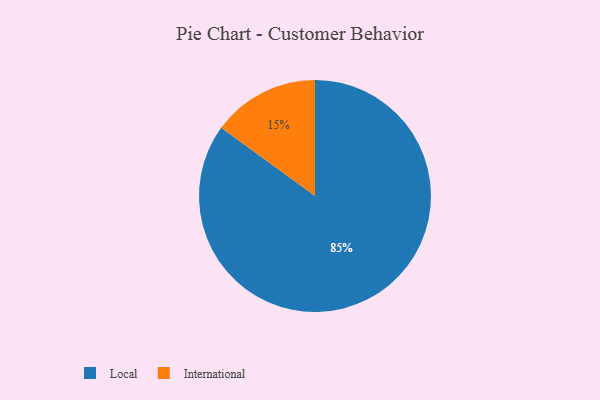
{"axis": {"x": "Category", "y": "Percentage"}, "legend": ["International", "Local"], "data": [{"x": "Local", "y": 85, "type": "Local"}, {"x": "International", "y": 15, "type": "International"}]}